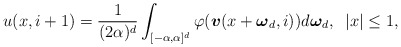
\begin{align*} u(x,i+1) = \frac{1}{(2\alpha)^{d}}\int_{[-\alpha,\alpha]^{d}}\varphi(\boldsymbol{v}(x+\boldsymbol{\omega}_{d},i))d\boldsymbol{\omega}_{d}, \;\; |x|\leq1,\end{align*}